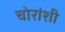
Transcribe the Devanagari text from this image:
चोरांशी